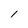
Character: 1